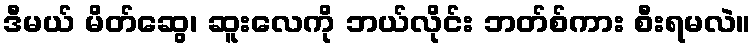
ဒီမယ် မိတ်ဆွေ၊ ဆူးလေကို ဘယ်လိုင်း ဘတ်စ်ကား စီးရမလဲ။